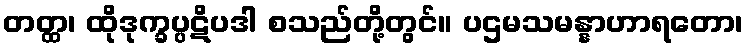
တတ္ထ၊ ထိုဒုက္ခပ္ပဋိပဒါ စသည်တို့တွင်။ ပဌမသမန္နာဟာရတော၊